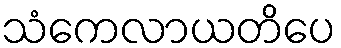
သံကေလာယတိပေ